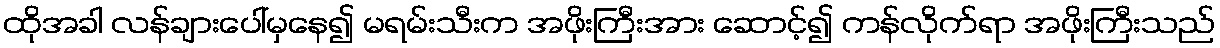
ထိုအခါ လန်ချားပေါ်မှနေ၍ မရမ်းသီးက အဖိုးကြီးအား ဆောင့်၍ ကန်လိုက်ရာ အဖိုးကြီးသည်